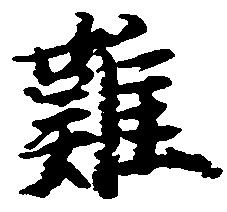
難